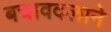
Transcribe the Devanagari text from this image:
बचावदलाने